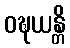
ဝဍ္ဎယန္တိ